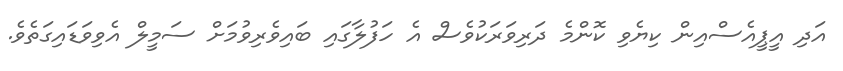
އަދި އީޕީއެސްއިން ކިޔެވި ކޮންމެ ދަރިވަރަކުވެސް އެ ހަފުލާގައި ބައިވެރިވުމަށް ސަމީލް އެވިވަޑައިގަތެވެ.